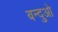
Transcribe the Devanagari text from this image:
बन्दुओ